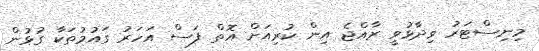
މިނިސްޓަރު ވިދާޅުވީ ރާއްޖެ އިން ކުރިއަށް އޮތް ފަސް އަހަރު ގައުމުތަކާ ގުޅުން